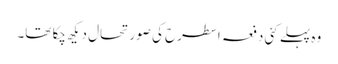
وہ پہلے کئی دفعہ اسطرح کی صورتحال دیکھ چکا تھا۔